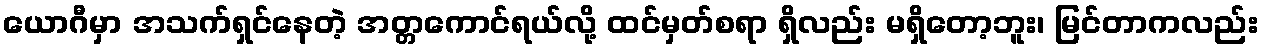
ယောဂီမှာ အသက်ရှင်နေတဲ့ အတ္တကောင်ရယ်လို့ ထင်မှတ်စရာ ရှိလည်း မရှိတော့ဘူး၊ မြင်တာကလည်း